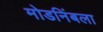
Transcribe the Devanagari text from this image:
मोडनिंबला